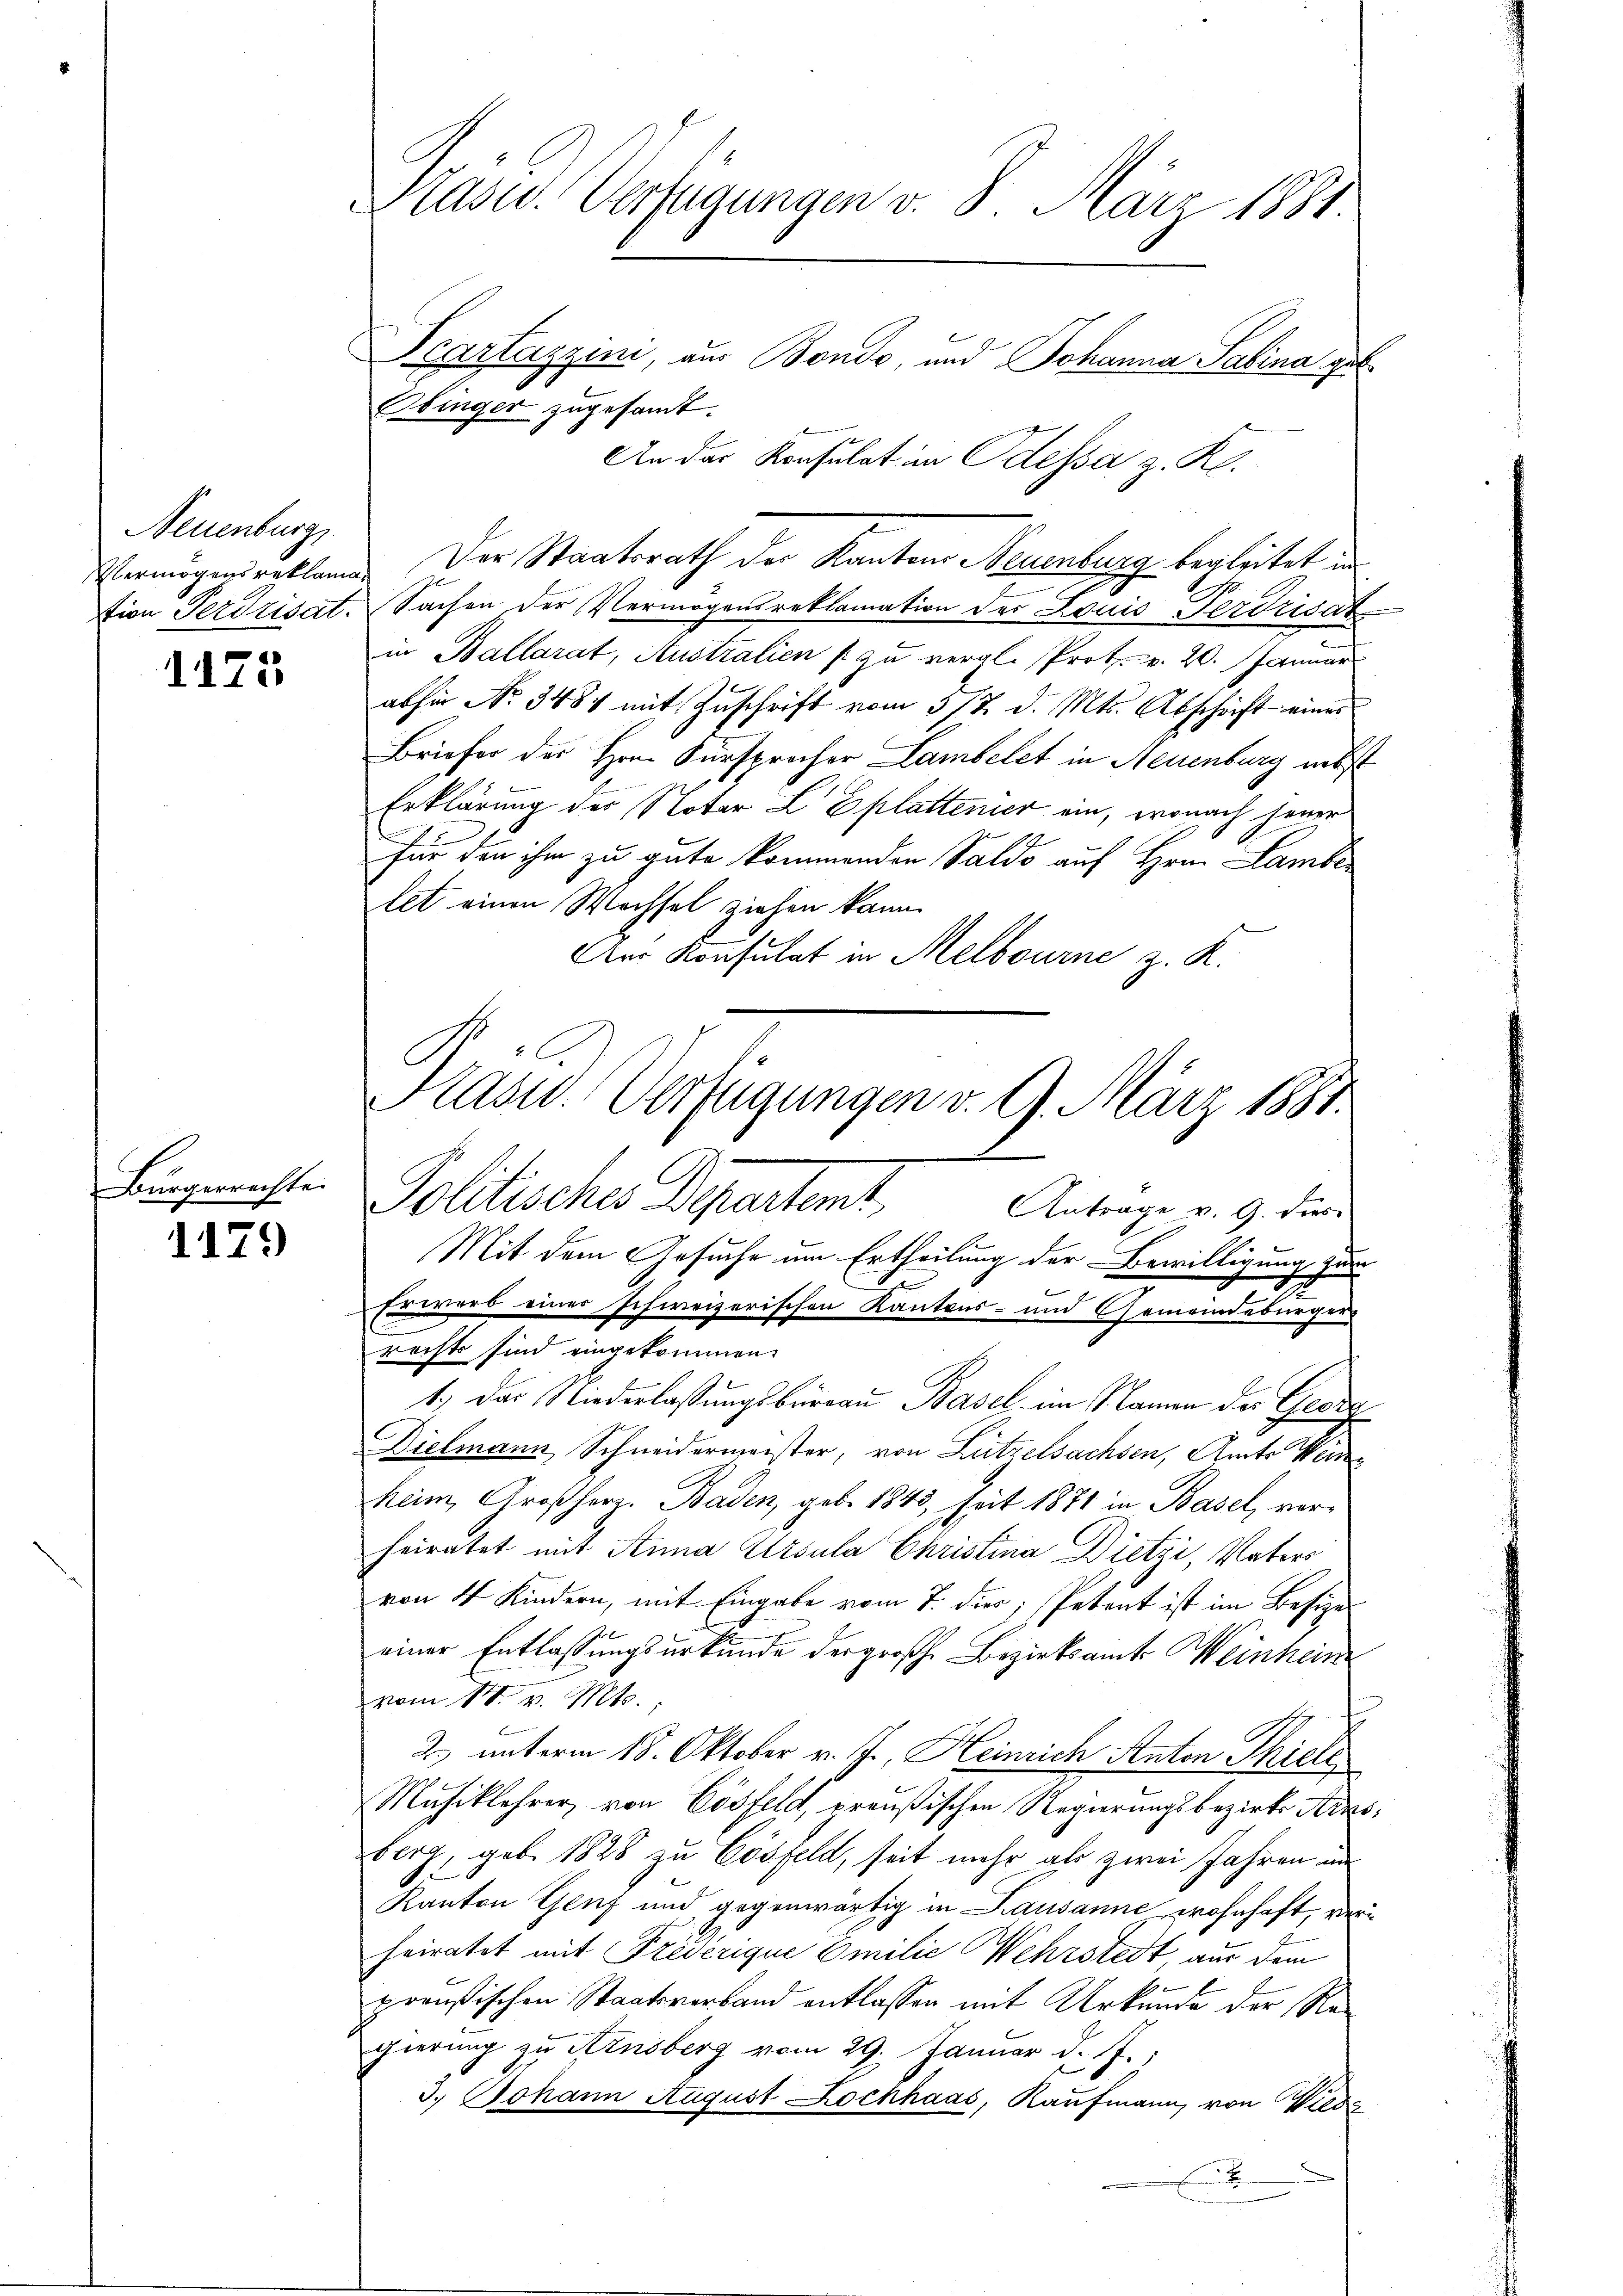
Neuenburg,
Vermögens reklama
tion Perdrisat

1175

Bürgerrechte.

1179

Präsid. Verfügungen v. 8. März 1881.

Pcartazzini, aus Bondo, und Johanna Sabina geb.
Obinger zugesandt.
An das Konsulat im Odessa z. Kl.
Der Staatsrath der Kantons Neuenburg begleitet in
Sachen der Vermögensreklamation der Louis erdrisat
in Ballarat, Australien zu vergl. Prot. v. 20. Januar
abhin No. 3481 mit Zuschrift vom 5/7. d. Mts. Abschrift einer
Briefer des Hrn. Fürsprocher Lambelet in Neuenburg nebst
Erklärung des Notar L Eplattener ein, wonach jener
für den ihm zu gute kommenden Saldo auf Hrn. Lamber
let einen Wechsel ziehen kann.
Aur Konsulat in Melbourne z. R.

Präsid. Verfügungen v. 9. März 1881.
Politisches Departent,
Antrage v. 9. dies

Mit dem Gesuche um Ertheilung der Bewilligung zur
.
te
Erwerb einer schweizerischen Kantons- und Gemeindebürger
rechts sind eingekommen.
1.) Das Niederlassungsburgau Basel im Namen der Georg
Dielmann Schneidermeister, von Lützelsachsen, Amts Wein
heim, Großherz. Baden, geb. 1843, seit 1871 in Basel, vorheiratet mit Anna Ursula Christina Dietzi, Vaters
von 4 Kindern, mit Eingabe vom 7. dies, Petent ist im Besizer
einer Entlassungsurkunde der großh. Bezirksamt Weinheim
vom 1t v. Mts.
2.) unterm 18. Oktober v. J., Heinrich Anton Thiel
Musiklehrer, von Lösfeld, preußischen Regierungsbezirks Adesberg, geb. 1828 zu Cösfeld, seit mehr als zwei Jahren an
Kanton Genf und gegenwärtig in Lausanne wohnhaft, verheiratet mit Freverique Emilie Wehrstedt, aus dem
preußischen Staatsverband entlassen mit Urkunde der Regierung zu Ainsberg vom 29. Januar d. J.
3.) Johann August Lochhaas, Kaufmann, von Wiedi
x